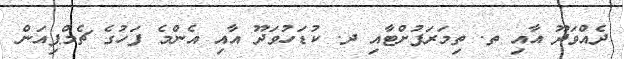
ދެއްވަދޫ އާއި ތ. ތިމަރަފުށްޓާއި ދ. ކުޑަހުވަދޫ އާއި އެންމެ ފަހުގެ ޗެމްޕިއަން